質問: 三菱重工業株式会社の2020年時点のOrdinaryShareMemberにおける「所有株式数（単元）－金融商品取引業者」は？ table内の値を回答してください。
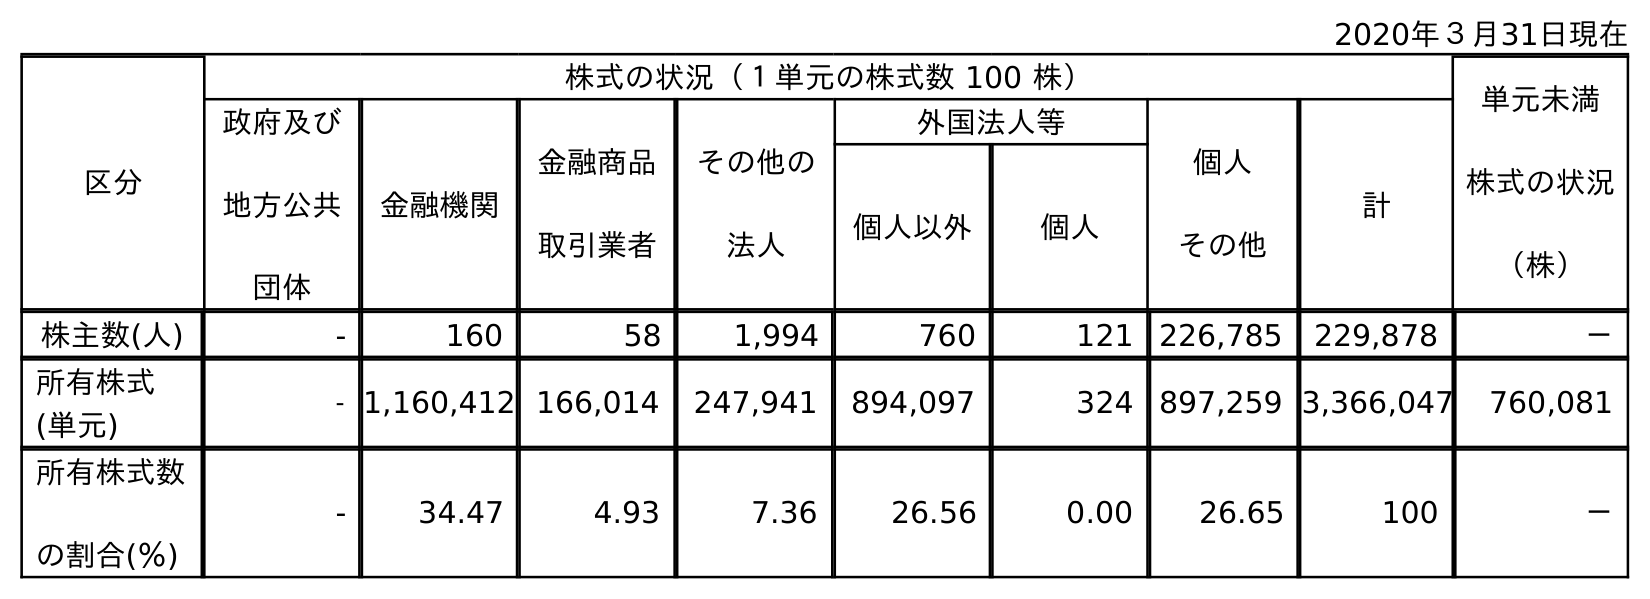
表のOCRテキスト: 2020年３月31日現在 区分 株式の状況（１単元の株式数 100 株） 単元未満 株式の状況 （株） 政府及び 地方公共 団体 金融機関 金融商品 取引業者 その他の 法人 外国法人等 個人 その他 計 個人以外 個人 株主数(人) - 160 58 1,994 760 121 226,785 229,878 － 所有株式 (単元) - 1,160,412 166,014 247,941 894,097 324 897,259 3,366,047 760,081 所有株式数 の割合(％) - 34.47 4.93 7.36 26.56 0.00 26.65 100 －
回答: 166,014